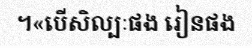
។«បើសិល្បៈផង រៀនផង